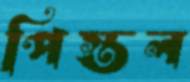
পিস্তল